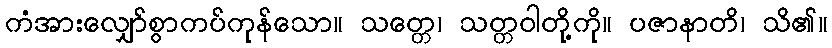
ကံအားလျှော်စွာကပ်ကုန်သော။ သတ္တေ၊ သတ္တဝါတို့ကို။ ပဇာနာတိ၊ သိ၏။